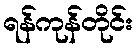
ရန်ကုန်တိုင်း